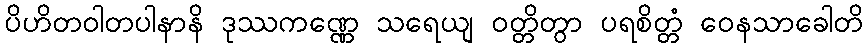
ပိဟိတဝါတပါနာနိ ဒုဿကဏ္ဏေ သရေယျ ဝတ္တိတွာ ပရစိတ္တံ ဝေနသာခေါတိ